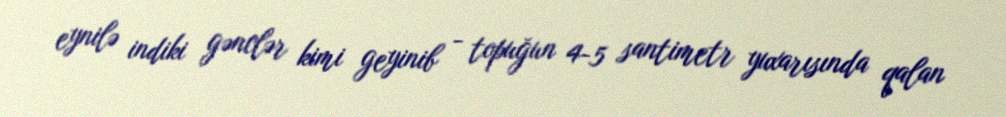
eynilə indiki gənclər kimi geyinib - topuğun 4-5 santimetr yuxarısında qalan